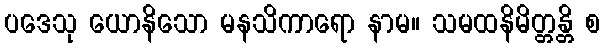
ပဒေသု ယောနိသော မနသိကာရော နာမ။ သမထနိမိတ္တန္တိ စ